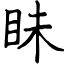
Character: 眛